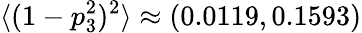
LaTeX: \langle(1-p_{3}^{2})^{2}\rangle\approx(0.0119,0.1593)